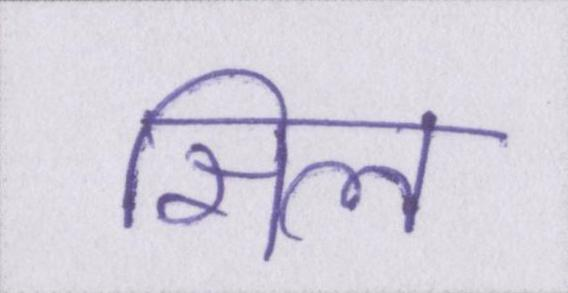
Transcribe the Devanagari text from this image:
सिल